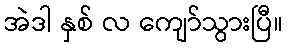
အဲဒါ နှစ် လ ကျော်သွားပြီ။